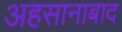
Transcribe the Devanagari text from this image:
अहसानाबाद